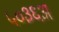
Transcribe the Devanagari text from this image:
५०३६अ